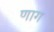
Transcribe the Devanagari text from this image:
णाग